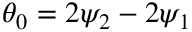
\theta _ { 0 } = 2 \psi _ { 2 } - 2 \psi _ { 1 }